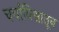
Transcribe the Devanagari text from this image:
चर्चाविश्वातून